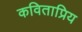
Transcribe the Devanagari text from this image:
कविताप्रिय